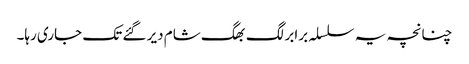
چنانچہ یہ سلسلہ برابر لگ بھگ شام دیر گئے تک جاری رہا۔